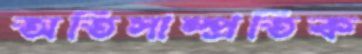
অতিসাম্প্রতিক